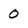
Character: 0